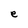
Character: e